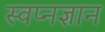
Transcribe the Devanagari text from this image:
स्वप्नज्ञान